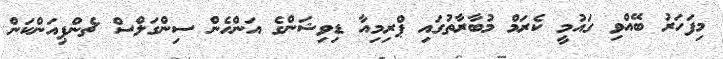
މިފަހަރު ބޭއްވި ގައުމީ ކެރަމް މުބާރާތުގައި ޕްރިމިއާ ޑިވިޝަންގެ އަންހެން ސިންގަލްސް ޗެންޕިއަންކަން